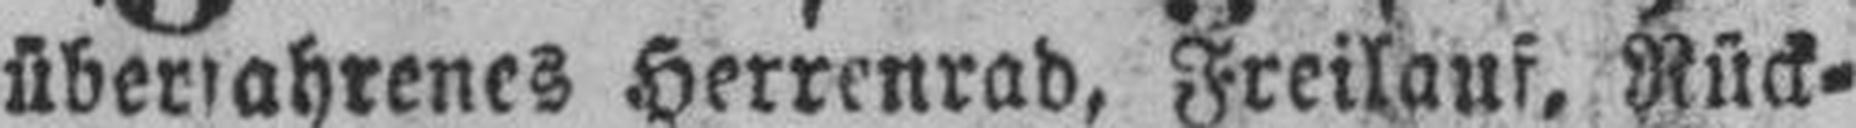
überfahrenes Herrenrad, Freilauf, Rück¬